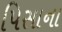
પિસાના